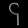
Digit: ၄